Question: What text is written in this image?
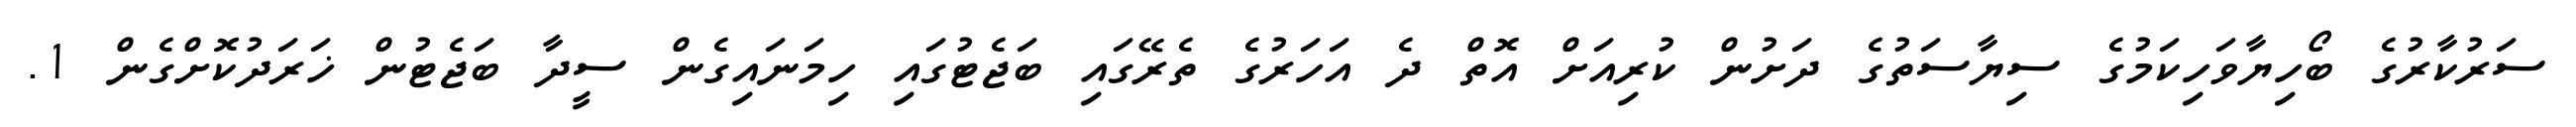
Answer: ސަރުކާރުގެ ބޯހިޔާވަހިކަމުގެ ސިޔާސަތުގެ ދަށުން ކުރިއަށް އޮތް ދެ އަހަރުގެ ތެރޭގައި ބަޖެޓުގައި ހިމަނައިގެން ސީދާ ބަޖެޓުން ޚަރަދުކޮށްގެން 1.